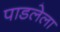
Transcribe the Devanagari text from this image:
पाडलेला